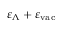
\varepsilon _ { \Lambda } + \varepsilon _ { \mathrm { v a c } }